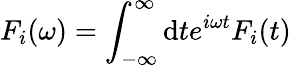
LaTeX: F_{i}(\omega)=\int_{-\infty}^{\infty}\mathrm{d}te^{i\omega t}F_{i}(t)